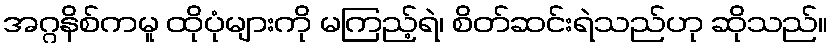
အဂ္ဂနိစ်ကမူ ထိုပုံများကို မကြည့်ရဲ၊ စိတ်ဆင်းရဲသည်ဟု ဆိုသည်။